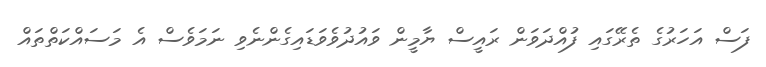
ފަސް އަހަރުގެ ތެރޭގައި ފުއްދަވަން ރައީސް ޔާމީން ވައުދުވެވަޑައިގެންނެވި ނަމަވެސް އެ މަސައްކަތްތައް